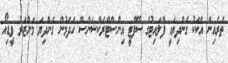
ތެރެއިން އެކަކު ގެންދިޔައީ ފްލައިޓުގެ ސޭފްޓީ އިންސްޓްރަކްޝަންސް ހަދަމުން ގެންދިޔަ މަންޒަރު ވީޑިއޯ